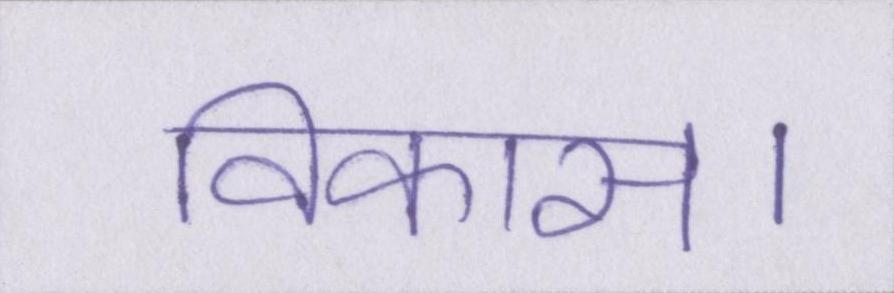
विकास।